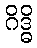
ဂိဒ္ဓိ